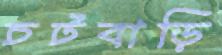
চটবাড়ি